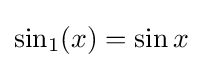
\sin _{1}(x)=\sin x